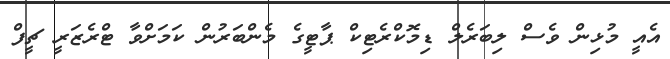
އެއީ މުޅިން ވެސް ލިބަރެލް ޑިމޮކްރެޓިކް ޕާޓީގެ މެންބަރުން ކަމަށްވާ ޓްރެޒަރީ ޗީފް